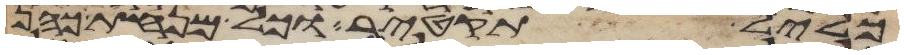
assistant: כליל תקטיר וכל מנחת כהן